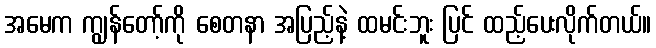
အမေက ကျွန်တော့်ကို စေတနာ အပြည့်နဲ့ ထမင်းဘူး ပြင် ထည့်ပေးလိုက်တယ်။